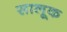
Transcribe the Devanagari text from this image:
सालूक